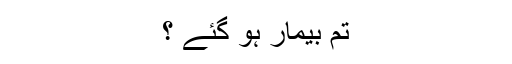
تم بیمار ہو گئے ؟